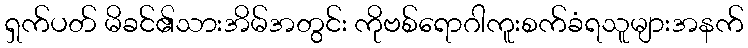
ရှက်ပတ် မိခင်၏သားအိမ်အတွင်း ကိုဗစ်ရောဂါကူးစက်ခံရသူများအနက်